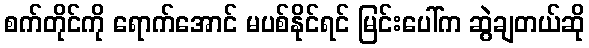
စက်တိုင်ကို ရောက်အောင် မပစ်နိုင်ရင် မြင်းပေါ်က ဆွဲချတယ်ဆို